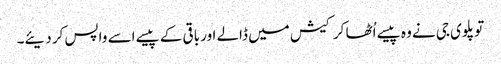
تو پلوی جی نے وہ پیسے اُٹھا کر کیش میں ڈالے اور باقی کے پیسے اسے واپس کر دیئے۔